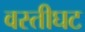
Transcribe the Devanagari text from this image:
वस्तीघट